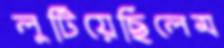
লুটিয়েছিলেম